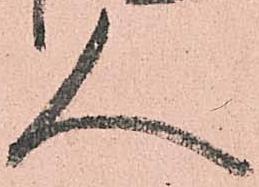
人